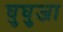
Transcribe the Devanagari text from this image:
घुघुजा